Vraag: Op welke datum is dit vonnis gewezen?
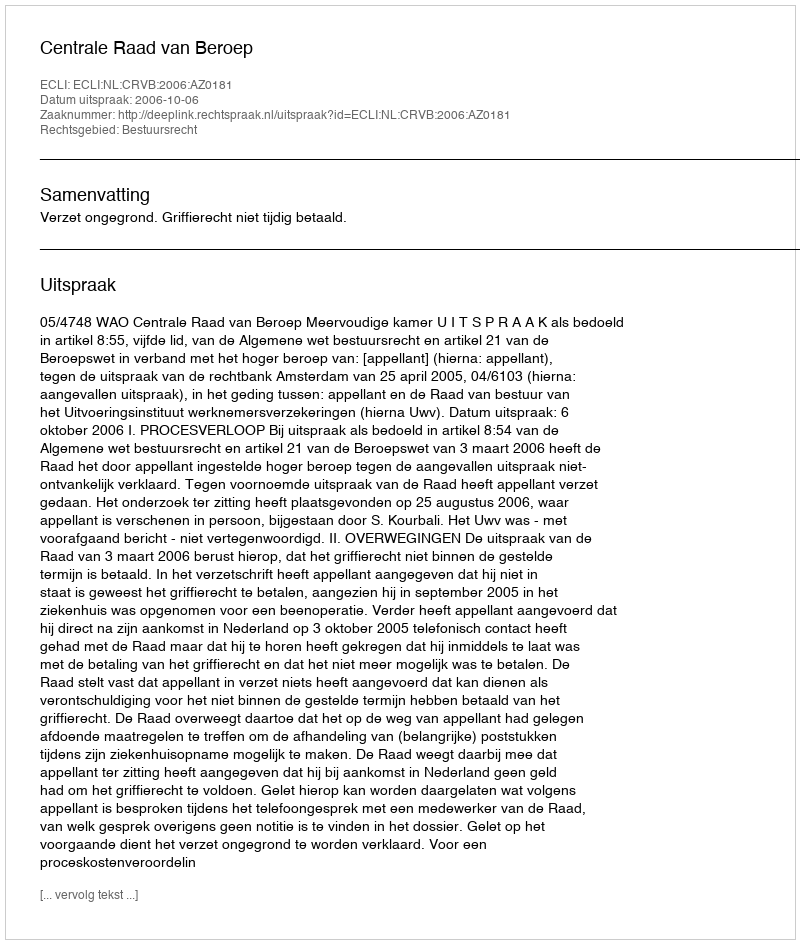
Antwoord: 2006-10-06